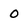
Character: 0